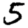
Digit: 5